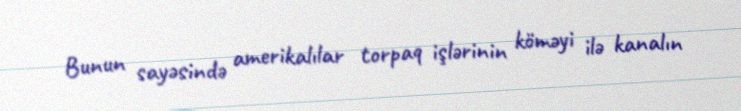
Bunun sayəsində amerikalılar torpaq işlərinin köməyi ilə kanalın